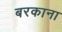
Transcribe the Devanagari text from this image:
बरकाना